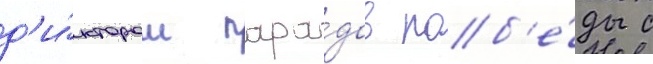
д'и́ктором пара́дов поб'е́ды с